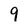
Character: 9